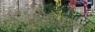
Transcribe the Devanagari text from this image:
कथाधारा